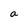
Character: a